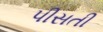
પીસતી